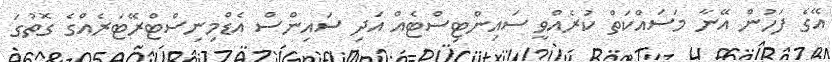
އޭގެ ފަހުން އޭނާ މަސައްކަތް ކުރެއްވީ ސައިންޓިސްޓެއް އަދި ސައިންސް އެޑްމިނިސްޓްރޭޓަރެއްގެ ގޮތުގަ